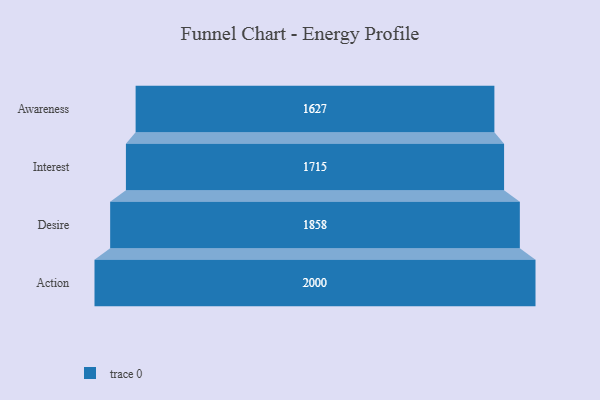
{"axis": {"x": "Stage", "y": "Value"}, "legend": [""], "data": [{"x": "Awareness", "y": 1627.0, "type": ""}, {"x": "Interest", "y": 1715.0, "type": ""}, {"x": "Desire", "y": 1858.0, "type": ""}, {"x": "Action", "y": 2000, "type": ""}]}